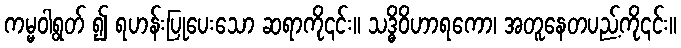
ကမ္မဝါရွတ် ၍ ရဟန်းပြုပေးသော ဆရာကို၎င်း။ သဒ္ဓိဝိဟာရကော၊ အတူနေတပည့်ကို၎င်း။